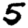
Digit: 5